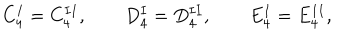
LaTeX: C _ { 4 } ^ { I } = C _ { 4 } ^ { I I } , \qquad D _ { 4 } ^ { I } = D _ { 4 } ^ { I I } , \qquad E _ { 4 } ^ { I } = E _ { 4 } ^ { I I } ,